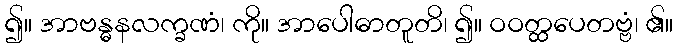
၍။ အာဗန္ဓနလက္ခဏံ၊ ကို။ အာပေါဓာတူတိ၊ ၍။ ဝဝတ္ထပေတဗ္ဗံ၊ ၏။